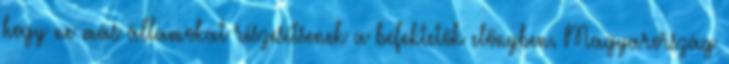
hogy ne más államokat részesítsenek a befektetők előnyben. Magyarország